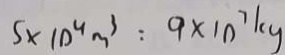
5 \times 1 0 ^ { 4 } m ^ { 3 } : 9 \times 1 0 ^ { 7 } k g